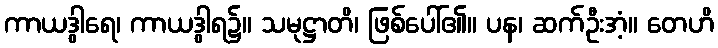
ကာယဒွါရေ၊ ကာယဒွါရ၌။ သမုဋ္ဌာတိ၊ ဖြစ်ပေါ်၏။ ပန၊ ဆက်ဦးအံ့။ တေဟိ